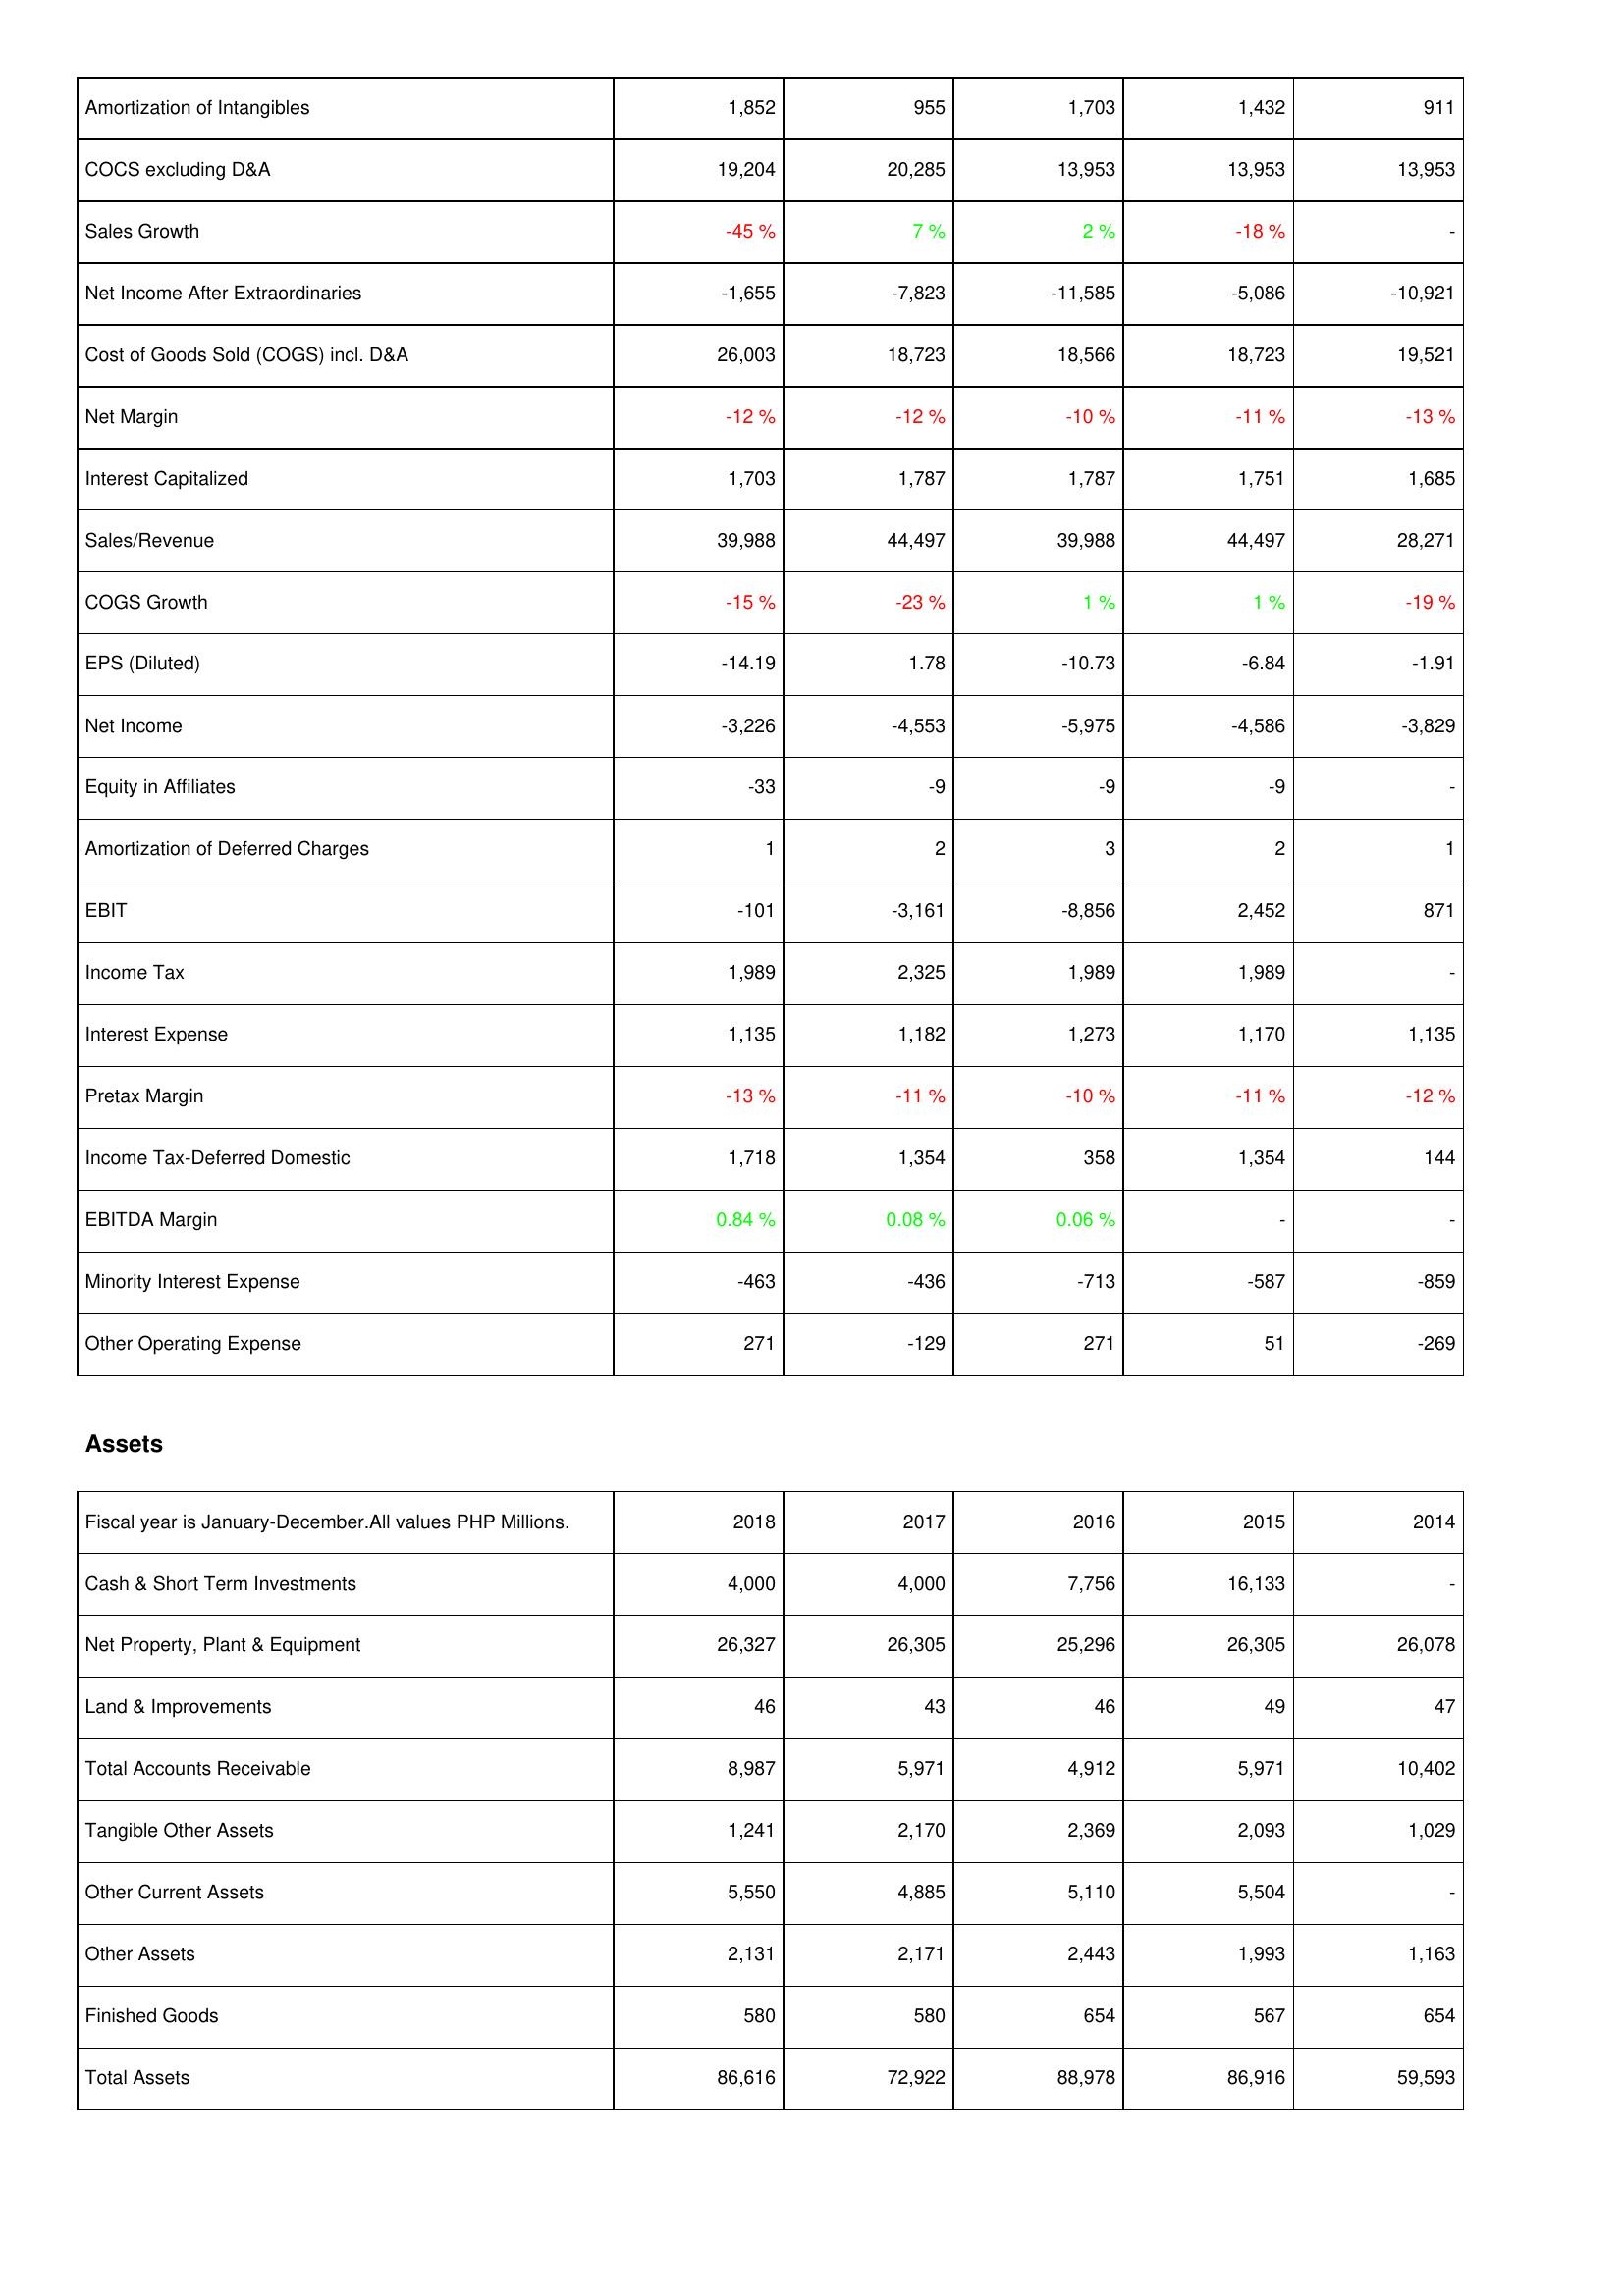
2018: Income Statement: Amortization of Intangibles: 1,852
COCS excluding D&A: 19,204
Sales Growth: -45 %
Net Income After Extraordinaries: -1,655
Cost of Goods Sold (COGS) incl. D&A: 26,003
Net Margin: -12 %
Interest Capitalized: 1,703
Sales/Revenue: 39,988
COGS Growth: -15 %
EPS (Diluted): -14.19
Net Income: -3,226
Equity in Affiliates: -33
Amortization of Deferred Charges: 1
EBIT: -101
Income Tax: 1,989
Interest Expense: 1,135
Pretax Margin: -13 %
Income Tax-Deferred Domestic: 1,718
EBITDA Margin: 0.84 %
Minority Interest Expense: -463
Other Operating Expense: 271
Assets: Cash & Short Term Investments: 4,000
Net Property, Plant & Equipment: 26,327
Land & Improvements: 46
Total Accounts Receivable: 8,987
Tangible Other Assets: 1,241
Other Current Assets: 5,550
Other Assets: 2,131
Finished Goods: 580
Total Assets: 86,616
2017: Income Statement: Amortization of Intangibles: 955
COCS excluding D&A: 20,285
Sales Growth: 7 %
Net Income After Extraordinaries: -7,823
Cost of Goods Sold (COGS) incl. D&A: 18,723
Net Margin: -12 %
Interest Capitalized: 1,787
Sales/Revenue: 44,497
COGS Growth: -23 %
EPS (Diluted): 1.78
Net Income: -4,553
Equity in Affiliates: -9
Amortization of Deferred Charges: 2
EBIT: -3,161
Income Tax: 2,325
Interest Expense: 1,182
Pretax Margin: -11 %
Income Tax-Deferred Domestic: 1,354
EBITDA Margin: 0.08 %
Minority Interest Expense: -436
Other Operating Expense: -129
Assets: Cash & Short Term Investments: 4,000
Net Property, Plant & Equipment: 26,305
Land & Improvements: 43
Total Accounts Receivable: 5,971
Tangible Other Assets: 2,170
Other Current Assets: 4,885
Other Assets: 2,171
Finished Goods: 580
Total Assets: 72,922
2016: Income Statement: Amortization of Intangibles: 1,703
COCS excluding D&A: 13,953
Sales Growth: 2 %
Net Income After Extraordinaries: -11,585
Cost of Goods Sold (COGS) incl. D&A: 18,566
Net Margin: -10 %
Interest Capitalized: 1,787
Sales/Revenue: 39,988
COGS Growth: 1 %
EPS (Diluted): -10.73
Net Income: -5,975
Equity in Affiliates: -9
Amortization of Deferred Charges: 3
EBIT: -8,856
Income Tax: 1,989
Interest Expense: 1,273
Pretax Margin: -10 %
Income Tax-Deferred Domestic: 358
EBITDA Margin: 0.06 %
Minority Interest Expense: -713
Other Operating Expense: 271
Assets: Cash & Short Term Investments: 7,756
Net Property, Plant & Equipment: 25,296
Land & Improvements: 46
Total Accounts Receivable: 4,912
Tangible Other Assets: 2,369
Other Current Assets: 5,110
Other Assets: 2,443
Finished Goods: 654
Total Assets: 88,978
2015: Income Statement: Amortization of Intangibles: 1,432
COCS excluding D&A: 13,953
Sales Growth: -18 %
Net Income After Extraordinaries: -5,086
Cost of Goods Sold (COGS) incl. D&A: 18,723
Net Margin: -11 %
Interest Capitalized: 1,751
Sales/Revenue: 44,497
COGS Growth: 1 %
EPS (Diluted): -6.84
Net Income: -4,586
Equity in Affiliates: -9
Amortization of Deferred Charges: 2
EBIT: 2,452
Income Tax: 1,989
Interest Expense: 1,170
Pretax Margin: -11 %
Income Tax-Deferred Domestic: 1,354
EBITDA Margin: -
Minority Interest Expense: -587
Other Operating Expense: 51
Assets: Cash & Short Term Investments: 16,133
Net Property, Plant & Equipment: 26,305
Land & Improvements: 49
Total Accounts Receivable: 5,971
Tangible Other Assets: 2,093
Other Current Assets: 5,504
Other Assets: 1,993
Finished Goods: 567
Total Assets: 86,916
2014: Income Statement: Amortization of Intangibles: 911
COCS excluding D&A: 13,953
Sales Growth: -
Net Income After Extraordinaries: -10,921
Cost of Goods Sold (COGS) incl. D&A: 19,521
Net Margin: -13 %
Interest Capitalized: 1,685
Sales/Revenue: 28,271
COGS Growth: -19 %
EPS (Diluted): -1.91
Net Income: -3,829
Equity in Affiliates: -
Amortization of Deferred Charges: 1
EBIT: 871
Income Tax: -
Interest Expense: 1,135
Pretax Margin: -12 %
Income Tax-Deferred Domestic: 144
EBITDA Margin: -
Minority Interest Expense: -859
Other Operating Expense: -269
Assets: Cash & Short Term Investments: -
Net Property, Plant & Equipment: 26,078
Land & Improvements: 47
Total Accounts Receivable: 10,402
Tangible Other Assets: 1,029
Other Current Assets: -
Other Assets: 1,163
Finished Goods: 654
Total Assets: 59,593